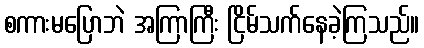
စကားမပြောဘဲ အကြာကြီး ငြိမ်သက်နေခဲ့ကြသည်။